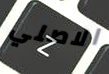
الاصلي